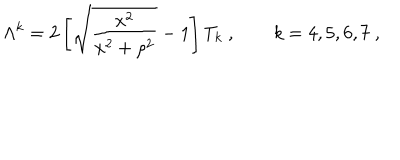
LaTeX: \Lambda ^ { k } = 2 \left[ \sqrt { \frac { x ^ { 2 } } { x ^ { 2 } + \rho ^ { 2 } } } - 1 \right] T _ { k } \ , \qquad k = 4 , 5 , 6 , 7 \ ,